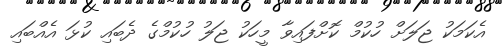
އެކަމަކު ޖަލަށް ހުކުމް ކޮށްފައިވާ މީހަކު ޖަލު ހުކުމްގެ ދެބައި ކުޅަ އެއްބަައި